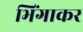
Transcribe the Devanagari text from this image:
भिंगाकर